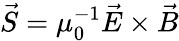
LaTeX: {\vec{S}}=\mu_{0}^{-1}{\vec{E}}\times{\vec{B}}